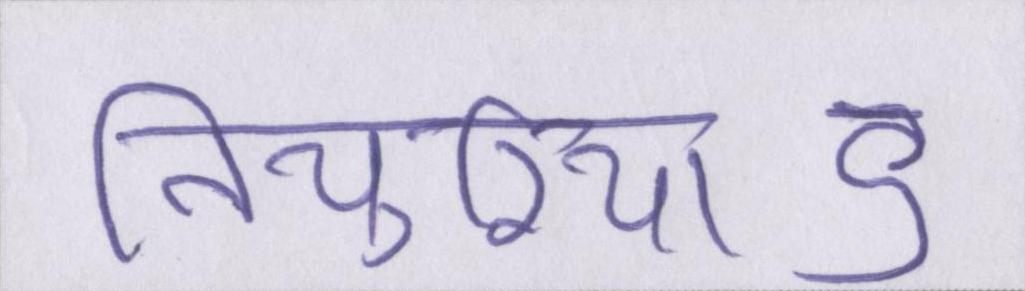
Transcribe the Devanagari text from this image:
तियुरियाऽ